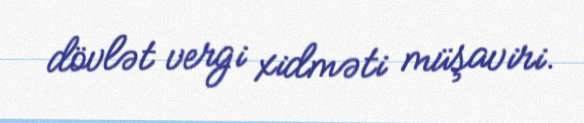
dövlət vergi xidməti müşaviri.